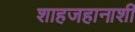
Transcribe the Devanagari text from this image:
शाहजहानाशी